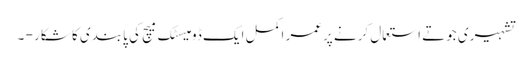
تشہیری جوتے استعمال کرنے پرعمر اکمل ایک ڈومیسٹک میچ کی پابندی کا شکار - ۔